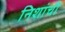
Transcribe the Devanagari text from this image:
निशांची